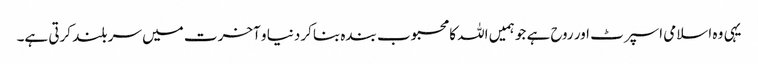
یہی وہ اسلامی اسپرٹ اور روح ہے جو ہمیں اللہ کا محبوب بندہ بناکر دنیا و آخرت میں سر بلند کرتی ہے۔